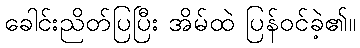
ခေါင်းညိတ်ပြပြီး အိမ်ထဲ ပြန်ဝင်ခဲ့၏။